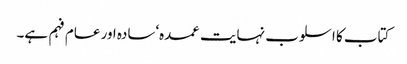
کتاب کا اسلوب نہایت عمدہ‘سادہ اور عام فہم ہے۔